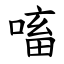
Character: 㗜